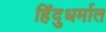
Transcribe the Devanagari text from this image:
हिंदुधर्मात